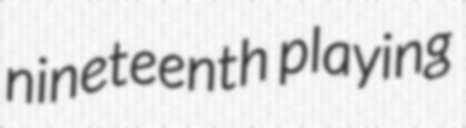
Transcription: nineteenth playing